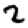
Digit: 2